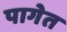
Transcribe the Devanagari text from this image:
पागेत